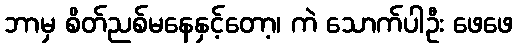
ဘာမှ စိတ်ညစ်မနေနှင့်တော့၊ ကဲ သောက်ပါဦး ဖေဖေ